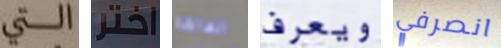
التي اختر العالقة ويعرف انصرفي